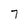
Character: 7